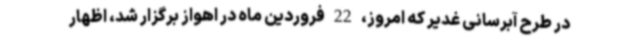
در طرح آبرسانی غدیر که امروز، 22 فروردین ماه در اهواز برگزار شد، اظهار